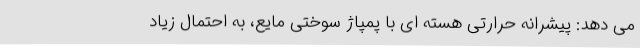
می دهد: پیشرانه حرارتی هسته ای با پمپاژ سوختی مایع، به احتمال زیاد